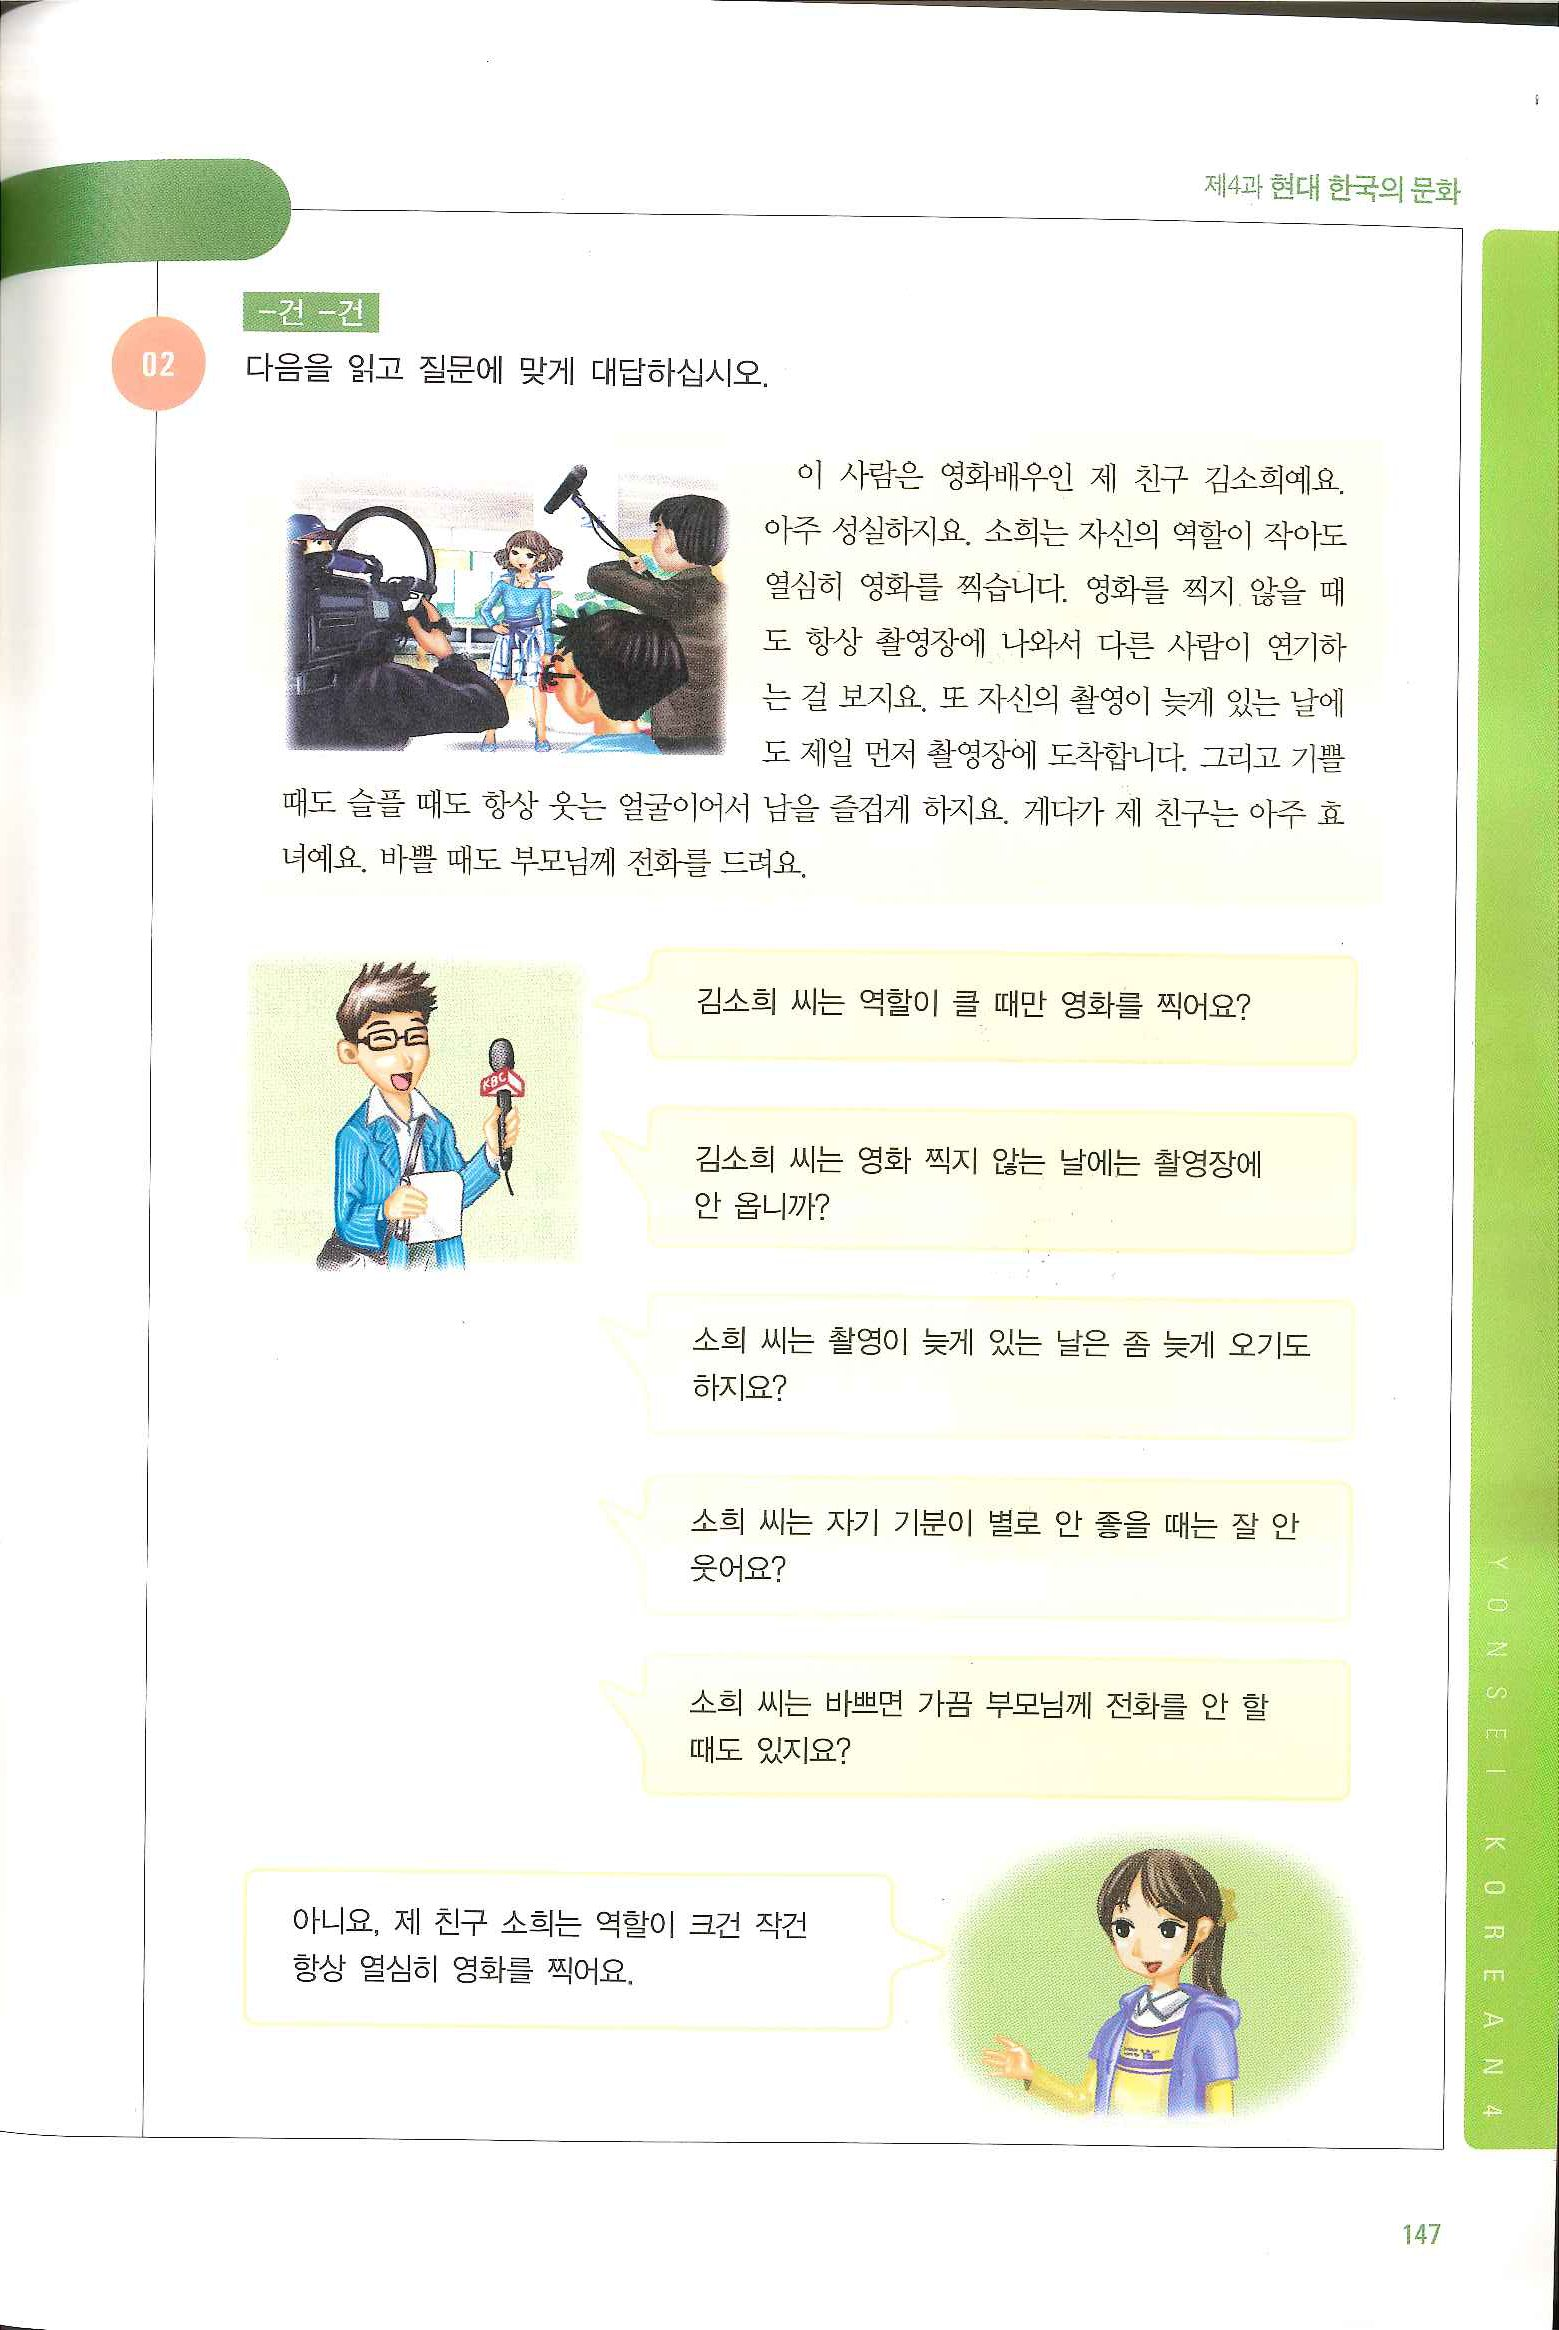
Language: ko